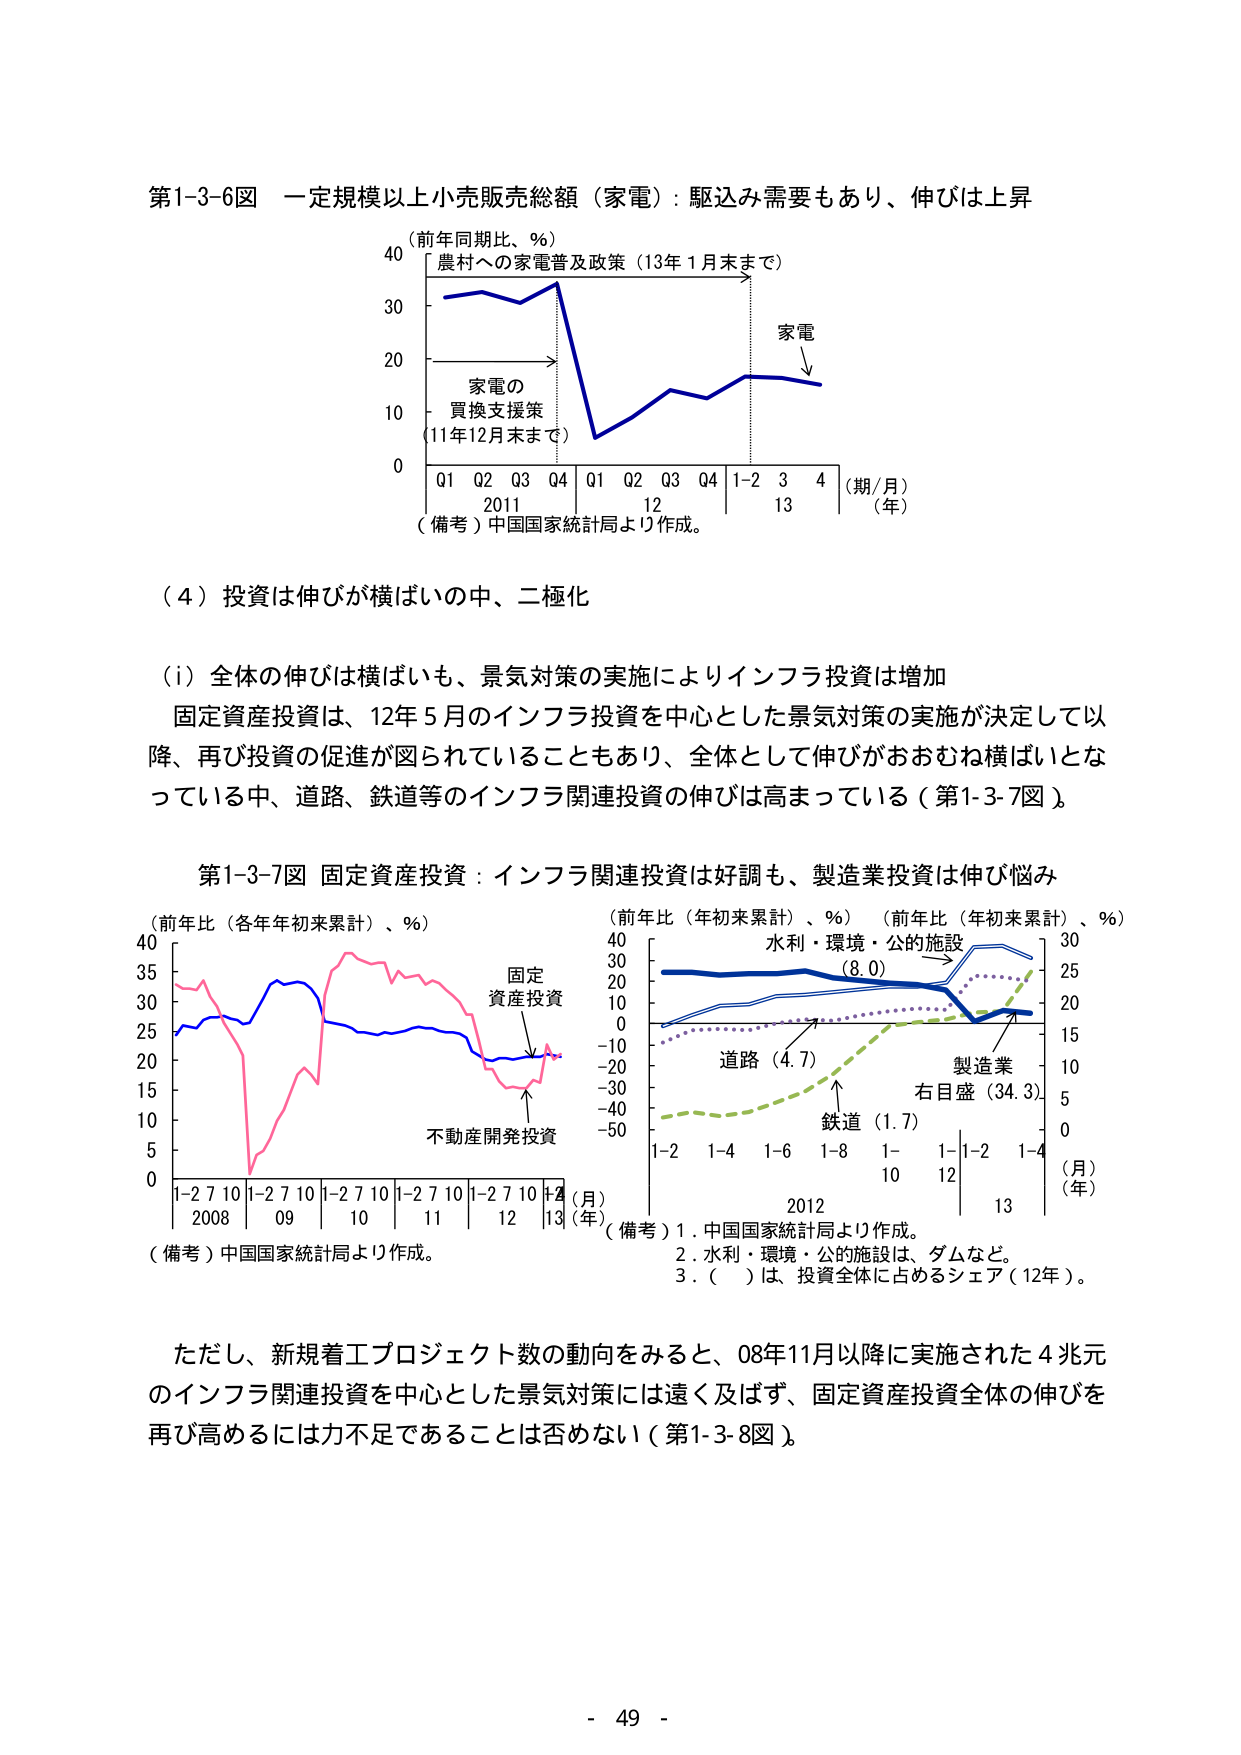
第1-3-6図 一定規模以上小売販売総額（家電）：駆込み需要もあり、伸びは上昇
（前年同期比、％）
農村への家電普及政策（13年1月末まで）
家電
家電の
買換支援策
（11年12月末まで）
Q1 Q2 Q3 Q4 Q1 Q2 Q3 Q4 1-2 3 4
2011 12 13
（期/月）
（年）
（備考）中国国家統計局より作成。

（4）投資は伸びが横ばいの中、二極化

（i）全体の伸びは横ばいも、景気対策の実施によりインフラ投資は増加
固定資産投資は、12年5月のインフラ投資を中心とした景気対策の実施が決定して以降、再び投資の促進が図られていることもあり、全体として伸びがおおむね横ばいとなっている中、道路、鉄道等のインフラ関連投資の伸びは高まっている（第1-3-7図）。

第1-3-7図 固定資産投資：インフラ関連投資は好調も、製造業投資は伸び悩み
（前年比（各年年初来累計）、％）
固定
資産投資
不動産開発投資
1-2 7 10 1-2 7 10 1-2 7 10 1-2 7 10 1-2 7 10 1-2
2008 09 10 11 12 13
（月）
（年）
（備考）中国国家統計局より作成。

（前年比（年初来累計）、％）（前年比（年初来累計）、％）
水利・環境・公的施設
（8.0）
道路（4.7）
鉄道（1.7）
製造業
右目盛（34.3）
1-2 1-4 1-6 1-8 1- 1-1-2 1-4
10 12
2012 13
（月）
（年）
（備考）1．中国国家統計局より作成。
2．水利・環境・公的施設は、ダムなど。
3．（　）は、投資全体に占めるシェア（12年）。

ただし、新規着工プロジェクト数の動向をみると、08年11月以降に実施された4兆元のインフラ関連投資を中心とした景気対策には遠く及ばず、固定資産投資全体の伸びを再び高めるには力不足であることは否めない（第1-3-8図）。

- 49 -